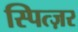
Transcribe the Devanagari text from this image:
स्पित्ज़र